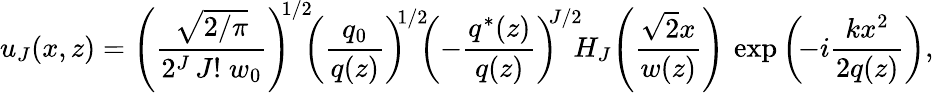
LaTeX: u_{J}(x,z)=\left({\frac{\sqrt{2/\pi}}{2^{J}\, J!\; w_{0}}}\right)^{\! \! 1/2}\! \! \left({\frac{{q}_{0}}{{q}(z)}}\right)^{\! \! 1/2}\! \! \left(-{\frac{{q}^{\ast}(z)}{{q}(z)}}\right)^{\! \! J/2}\! \! H_{J}\! \left({\frac{{\sqrt{2}}x}{w(z)}}\right)\, \exp\left(\! -i{\frac{kx^{2}}{2{q}(z)}}\right),